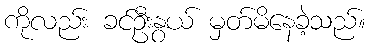
ကိုလည်း ခင်ဦးနွယ် မှတ်မိနေခဲ့သည်။